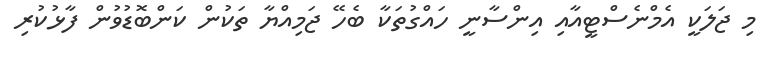
މި ޖަލަކީ އެމްނެސްޓީއާއި އިންސާނީ ހައްގުތަކާ ބެހޭ ޖަމިއްޔާ ތަކުން ކަންބޮޑުވުން ފާޅުކުރި